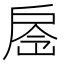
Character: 𢩐